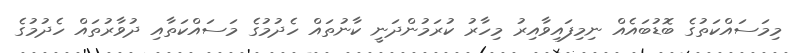
މިމަސައްކަތުގެ ބޮޑުބައެއް ނިމިފައިވާއިރު މިހާރު ކުރަމުންދަނީ ކާނުތައް ހެދުމުގެ މަސައްކަތާއި ދުވާރުތައް ހެދުމުގެ